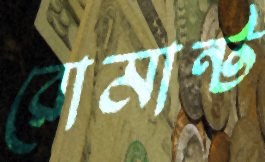
রোমান্ট